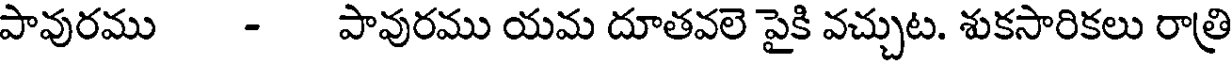
పావురము - పావురము యమ దూతవలె పైకి వచ్చుట. శుకసారికలు రాత్రి